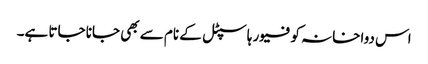
اس دواخانہ کو فیور ہاسپٹل کے نام سے بھی جانا جاتا ہے۔